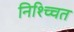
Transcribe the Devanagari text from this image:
निश्च्चित